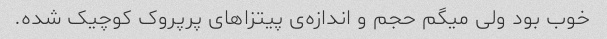
خوب بود ولی میگم حجم و اندازه‌ی پیتزاهای پرپروک کوچیک شده.